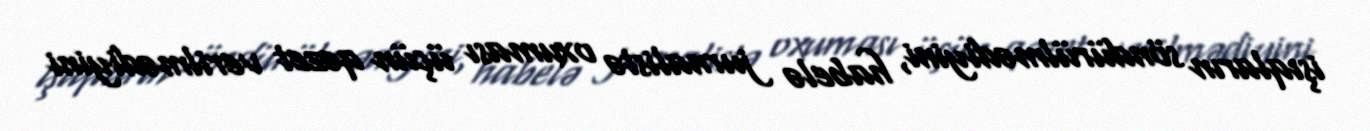
işıqların söndürülmədiyini, habelə jurnalistə oxuması üçün qəzet verilmədiyini